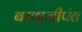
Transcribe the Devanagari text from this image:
बरवाजीपंत